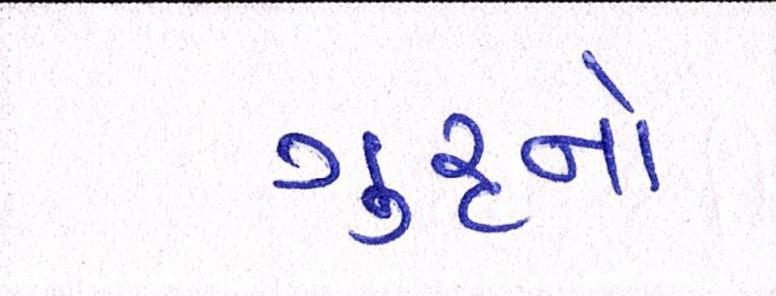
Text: ગુરૃનો